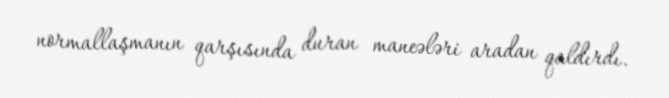
normallaşmanın qarşısında duran maneələri aradan qaldırdı.